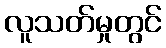
လူသတ်မှုတွင်